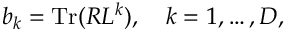
b _ { k } = \mathrm { T r } ( R L ^ { k } ) , \quad k = 1 , \ldots , D ,